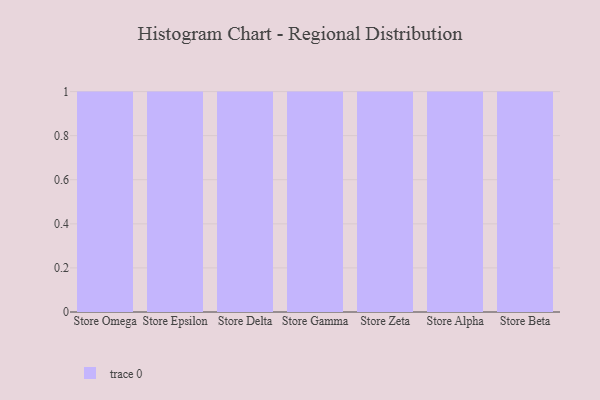
{"axis": {"x": "Store", "y": "Operating Costs (USD K)"}, "legend": [""], "data": [{"x": "Store Omega", "y": 38, "type": ""}, {"x": "Store Epsilon", "y": 95, "type": ""}, {"x": "Store Delta", "y": 36, "type": ""}, {"x": "Store Gamma", "y": 51, "type": ""}, {"x": "Store Zeta", "y": 38, "type": ""}, {"x": "Store Alpha", "y": 84, "type": ""}, {"x": "Store Beta", "y": 69, "type": ""}]}